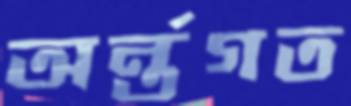
অর্ন্তগত